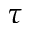
\tau